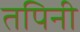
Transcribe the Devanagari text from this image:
तपिनी